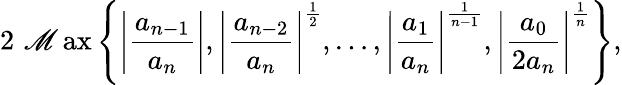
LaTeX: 2\, \operatorname*{\mathscr{M}ax}\left\{ \left|{\frac{{a_{n-1}}}{{a_{n}}}}\right|,\left|{\frac{{a_{n-2}}}{{a_{n}}}}\right|^{\frac{{1}}{{2}}},\ldots,\left|{\frac{{a_{1}}}{{a_{n}}}}\right|^{\frac{{1}}{{n-1}}},\left|{\frac{{a_{0}}}{{2a_{n}}}}\right|^{\frac{{1}}{{n}}}\right\} ,